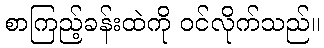
စာကြည့်ခန်းထဲကို ဝင်လိုက်သည်။